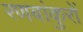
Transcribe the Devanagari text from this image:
रणबांकुरों